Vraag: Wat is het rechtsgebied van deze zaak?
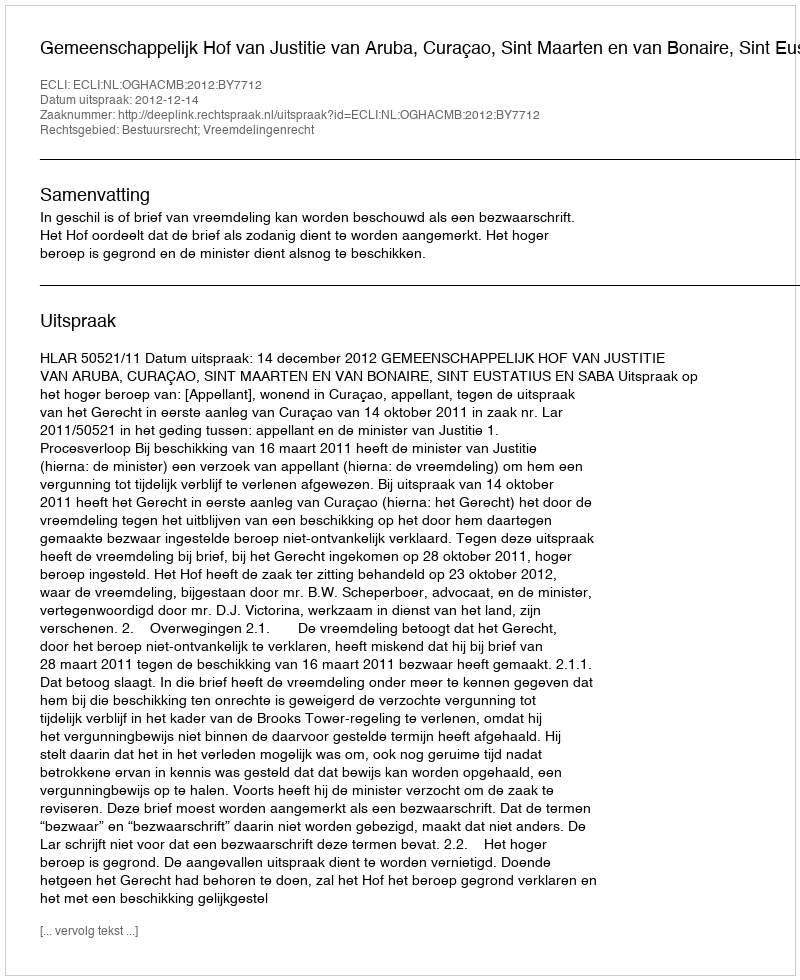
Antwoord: Bestuursrecht; Vreemdelingenrecht